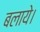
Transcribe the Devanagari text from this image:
बलाये।